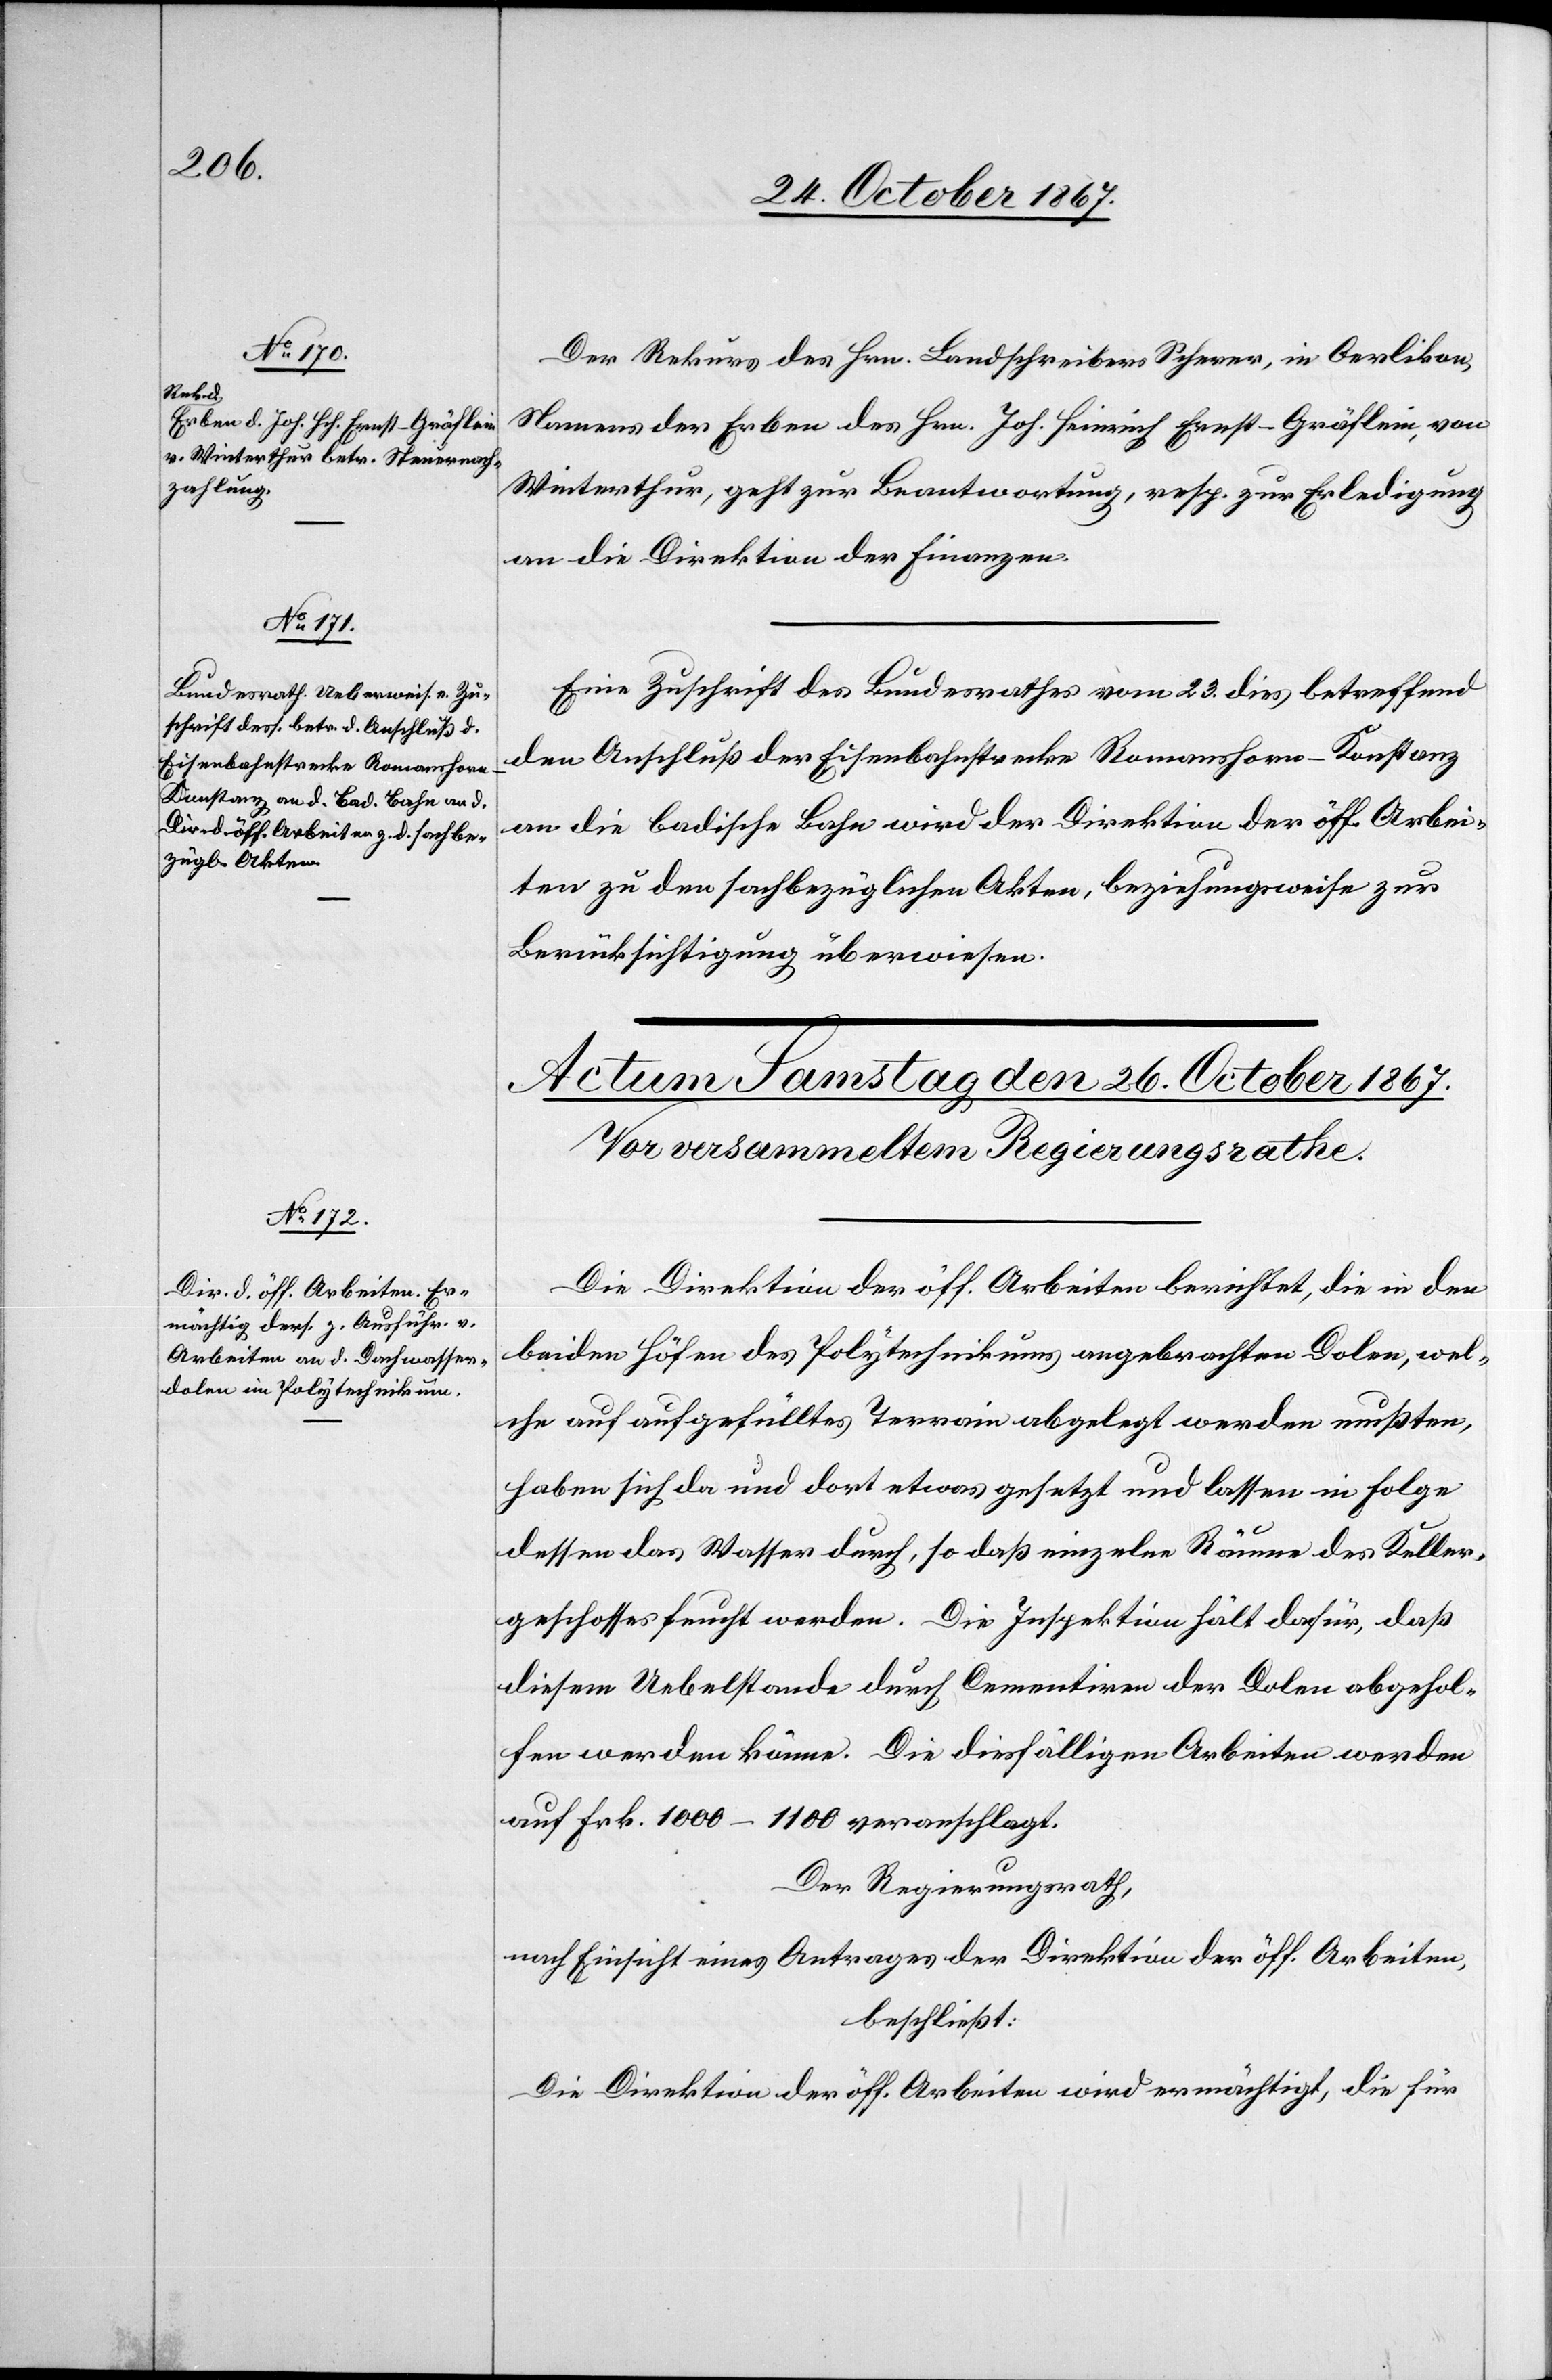
25. October 1867.]
Der Rekurs des Hrn. Landschreiber Scherer, in Oerlikon,
Namens der Erben des Hrn. Joh. Heinrich Ernst-Gräflein, von
Winterthur, geht zur Beantwortung, resp. zur Erledigung
an die Direktion der Finanzen.
Eine Zuschrift des Bundesrathes vom 23. dies, betreffend
den Anschluß der Eisenbahnstrecke Romanshorn–Konstanz
an die badische Bahn wird der Direktion der öff. Arbei¬
ten zu den sachbezüglichen Akten, beziehungsweise zur
Berücksichtigung überwiesen.
Die Direktion der öff. Arbeiten berichtet, die in den
beiden Höfen des Polytechnikums angebrachten Dolen, wel¬
che auf aufgefülltes Terrain abgelegt werden mußten,
haben sich da und dort etwas gesetzt und lassen in Folge
dessen das Wasser durch, so daß einzelne Räume des Keller¬
geschosses feucht werden. Die Inspektion hält dafür, daß
diesem Uebelstande durch Cementiren der Dolen abgehol¬
fen werden könne. Die diesfälligen Arbeiten werden
auf Frk. 1000–1100 veranschlagt.
Der Regierungsrath,
nach Einsicht eines Antrages der Direktion der öff. Arbeiten,
beschließt:
Die Direktion der öff. Arbeiten wird ermächtigt, die für